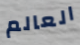
العالم